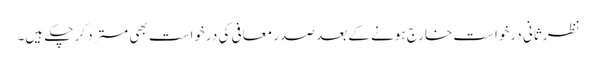
نظرثانی درخواست خارج ہونے کے بعد صدر معافی کی درخواست بھی مسترد کر چکے ہیں۔